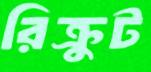
রিক্রুট